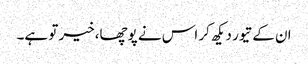
ان کے تیور دیکھ کر اس نے پوچھا،خیر تو ہے۔